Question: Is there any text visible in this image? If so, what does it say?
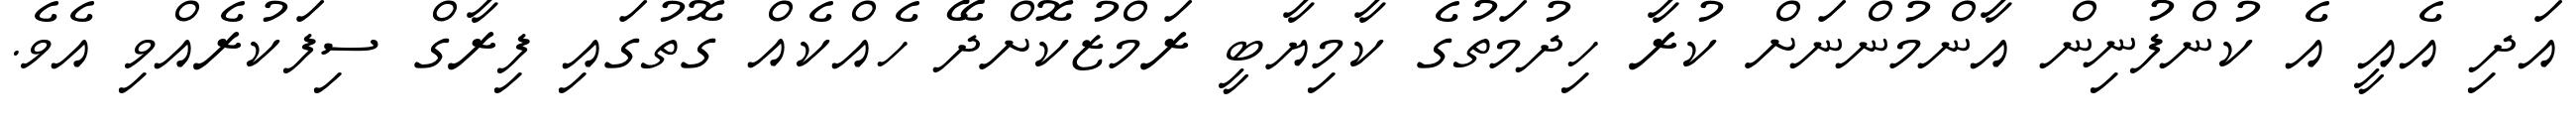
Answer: އަދި އެއީ އެ ކުންފުނިން އާންމުންނަށް ކުރާ ހިދުމަތުގެ ކާމިޔާބީ ރަމްޒުކޮށްދޭ ހެއްކެއް ގޮތުގައި ފިރާގް ސިފަކުރެއްވި އެވެ.